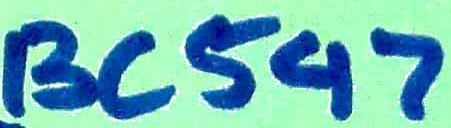
Text: BC547